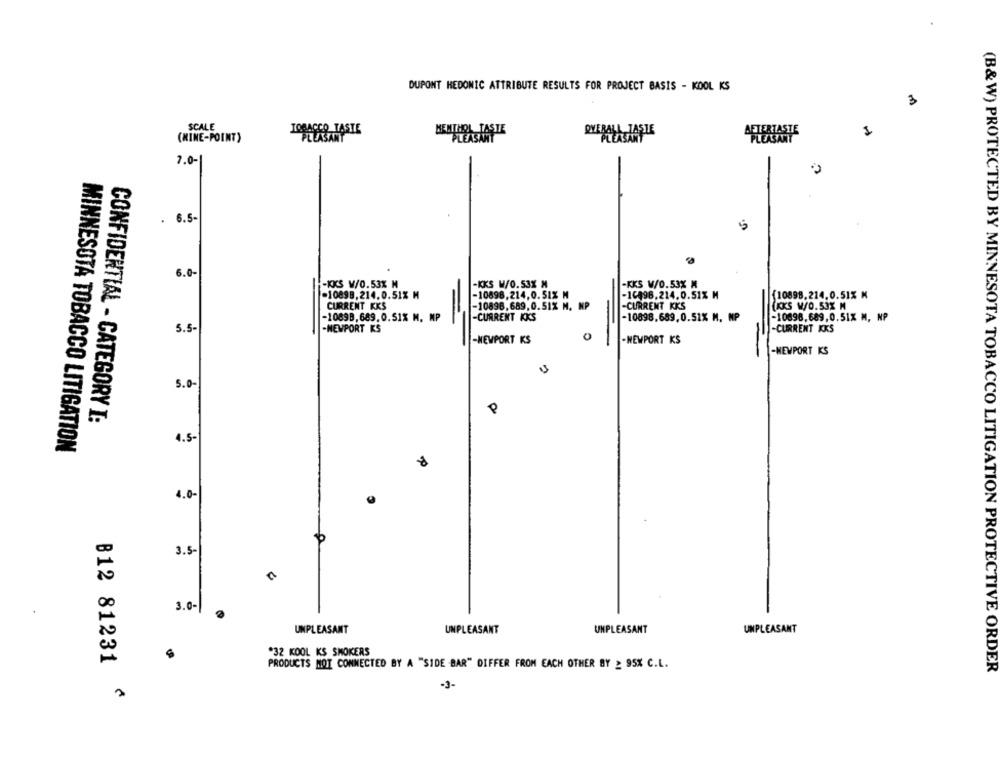
DUPONT HEDONIC ATTRIBUTE RESULTS FOR PROJECT BASIS - KOOL KS
3
SCALE
TOBACCO TASTE
PLEASANT
OVERALL TASTE
(MINE-POINT)
7.0-
. 6.5-
5
6.0-
-KKS W/0.53% M
-KKS W/0.53X M
-KKS W/0.53% M
-10898,214.0.51% M
-10898,214,0.51% M
-16898.214.0.51% H
{10898.214.0.51% K
CURRENT EKS
-10898,689,0.51% M. NP
-CURRENT KKS
IKKS WO.53X M
-10898, 689. 0. 51% M. MP
-CURRENT KKS
-10898.689,0.51% M, MP
-10898.689,0.51% M, NP
5.5-
-NEWPORT KS
-CURRENT KKS
-NEWPORT KS
0
. NEWPORT KS
-NEWPORT KS
5.0
P
CONFIDENTIAL - CATEGORY I:
4.5-
MINNESOTA TOBACCO LITIGATION
4.0
3.5-
a
3.0-
UNPLEASANT
UNPLEASANT
UNPLEASANT
UNPLEASANT
*32 KOOL KS SMOKERS
B12 81231
PRODUCTS MOT CONNECTED BY A "SIDE BAR" DIFFER FROM EACH OTHER BY ≥ 95% C.L.
(B&W) PROTECTED BY MINNESOTA TOBACCO LITIGATION PROTECTIVE ORDER
-3-